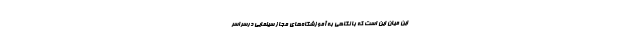
این میان این است که با نگاهی به آموزشگاه‌های مجاز سینمایی درسراسر